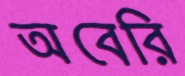
অবেরি